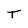
Character: T